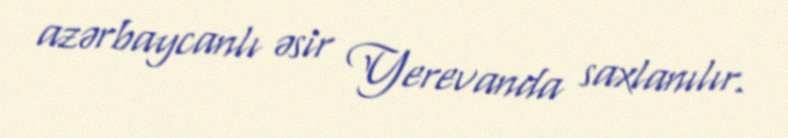
azərbaycanlı əsir Yerevanda saxlanılır.